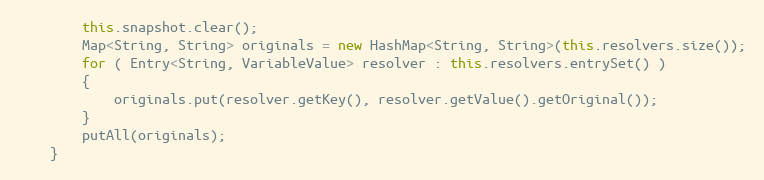
Language: Java
		this.snapshot.clear();
		Map<String, String> originals = new HashMap<String, String>(this.resolvers.size());
		for ( Entry<String, VariableValue> resolver : this.resolvers.entrySet() )
		{
			originals.put(resolver.getKey(), resolver.getValue().getOriginal());
		}
		putAll(originals);
	}